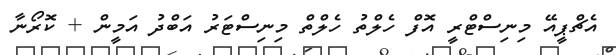
އެޗްޕީއޭ މިނިސްޓްރީ އޮފް ހެލްތު ހެލްތް މިނިސްޓަރު އަބްދު އަމީން + ކޮރޯނާ